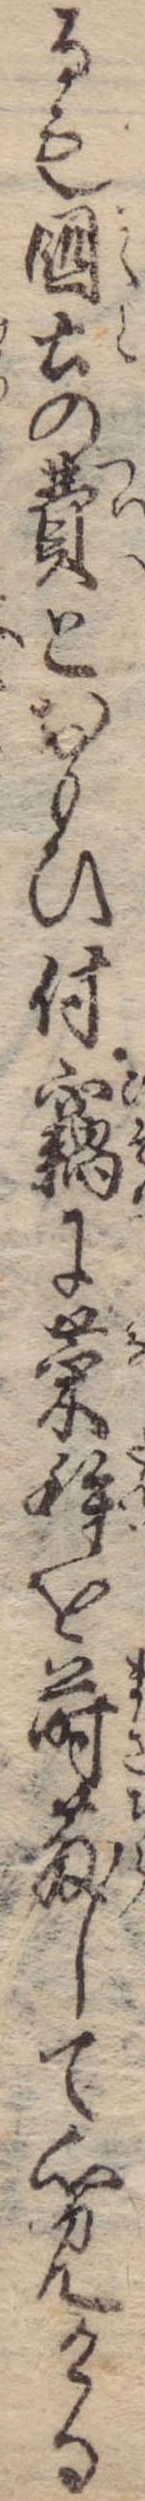
るも国土の費とおもひ付竊に菜種を蒔散して心見ける